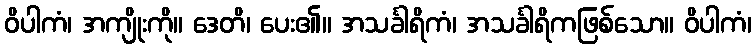
ဝိပါကံ၊ အကျိုးကို။ ဒေတိ၊ ပေး၏။ အသင်္ခါရိကံ၊ အသင်္ခါရိကဖြစ်သော။ ဝိပါကံ၊